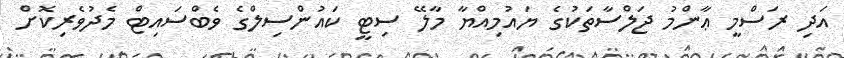
އަދި ރަސްމީ ޢާންމު ޖަލްސާތަކުގެ ޔައުމިއްޔާ މާލޭ ސިޓީ ކައުންސިލްގެ ވެބްސައިޓް މެދުވެރިކޮށް